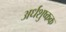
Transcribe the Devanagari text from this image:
अर्धशुष्कक